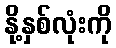
နို့နှစ်လုံးကို